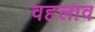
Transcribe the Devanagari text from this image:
वहलाव